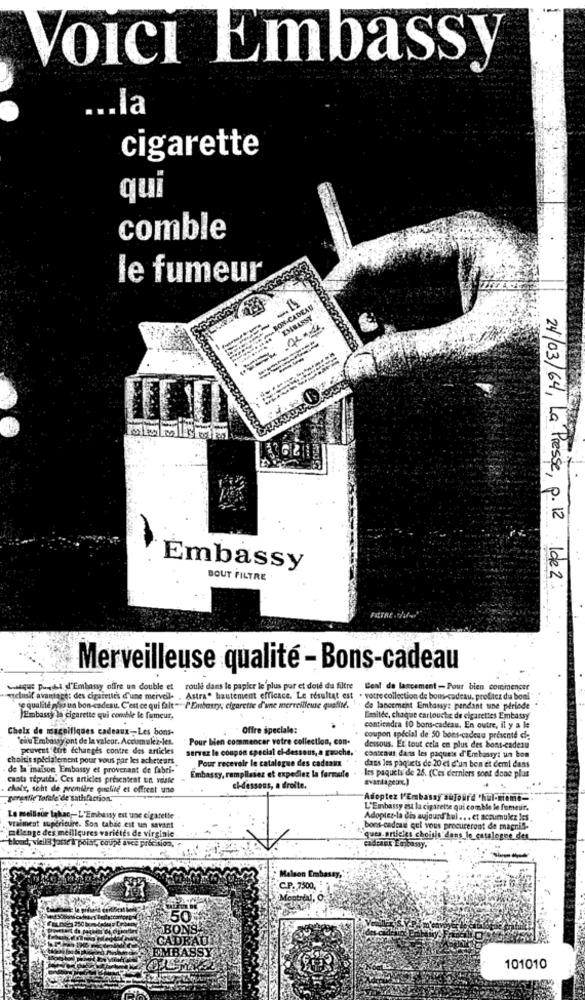
Voici Embassy
... la
cigarette
qui
comble
le fumeur
SON-CADEAU
EMBASSY
24/03/64, La Presse, p. 12
Embassy
BOUT FILTRE
1de 2
FELTRE-d'
Merveilleuse qualité - Bons-cadeau
Lastque puht d'Embassy offre un double et
roule dans le papier le plus pur et dote da filtre Beal de lancement- Pour bien commencer
esclusif avantage: des cigarettes d'une merveil . Astra" hautement efficace. Le résultat est . votrecollection de bons-cadeau, profitez du bonl
se qualité pho un bon-cadeau. C'est ce qui fait-/'Einbarry; cigarette d'une merveilleuse qualité. . . de lancement Embassy: pendant une période
Embassy la cigarette qui comble le fumeur,
Emltée, chaque cartouche de cigarettes Embassy
Chelx de maceifiques cadeaux-Les bons-
Offre speciale:
contiendra 10 bons-cadeau. En outre, il y a le
"cilu Embassy ont de la valeur. Accumulez-les.
Pour bien commencer votre collection, con.
coupon spécial de 50 bons-cadeau présenté die
peuvent être échanges contre des articles
servez le coupon special ci-dessous, a gauche.'
dessous. Et tout cela en plus des bons-cadeau
choisis spécialement pour vous par les acheteurs
Pour recevoir le catalogue des cadeaux
castcaus dans les paquets d'Embassy: un bon
de la'imaison Embassy et provenant de fabri-
dans les paquets de 20 el d'un ben et demi dans
casta réputés. Ces articles présentent un vaste
Embassy, remplissez et expediez la formule
les paquets de 25. (Ces derniers sont done plas
avantageuxc.)
chair, scht de première queline et offrent une
ci-dessous, a droite.
geretlie Tofefe de satisfaction.
"Adoptez M'Embassy aujourd'hui-miome-
L'Embassy est la cigarette qui comble le fumeur.
Le meilleur takac ,- L'Embassy est une cigarette
Adoptez-la dis aujourd'hui .. . et accumulez les
vraiment supérieure. Son tabic est un savant
bons-cadeau gel vous procureront de magnif-
flenge des meilleures variétés de virginie
blond, viellil Janse & point, coupe avce précision,
quea.nrileles choisis dans le_catalogue_det
Malson Embassy,
C.P. 7500,
Montreal, O
50
BONS.
CADEAU
EMBASSY
101010